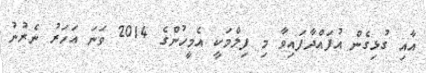
އާއި ގުޅިގެން އުފައްދާފައިވާ މި ފިލްމަކީ އެމީހުންގެ 2014 ވަނަ އަހަރު ނެރުނު